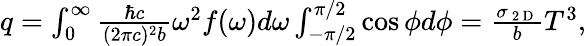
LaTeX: \begin{array}{r}{q=\int_{0}^{\infty}\frac{\hbar c}{(2\pi c)^{2}b}\omega^{2}f(\omega)d\omega\int_{-\pi/2}^{\pi/2}\cos{\phi}d\phi=\frac{\sigma_{\mathrm{~2~D~}}}{b}T^{3}{,}}\end{array}